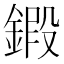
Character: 𨩷